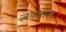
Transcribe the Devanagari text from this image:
जगजाल